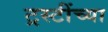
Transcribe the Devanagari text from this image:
ट्रस्टींच्या